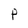
Character: P